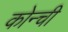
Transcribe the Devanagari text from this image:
कोन्ची